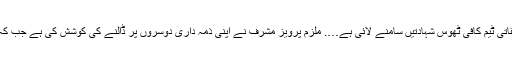
’’مشترکہ تحقیقاتی ٹیم کافی ٹھوس شہادتیں سامنے لائی ہے…. ملزم پرویز مشرف نے اپنی ذمہ داری دوسروں پر ڈالنے کی کوشش کی ہے جب کہ ایسا نہیں ہے۔